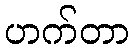
ဟက်တာ